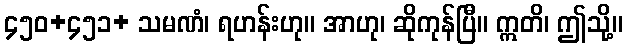
၄၅၀+၄၅၁+ သမဏံ၊ ရဟန်းဟု။ အာဟု၊ ဆိုကုန်ပြီ။ ဣတိ၊ ဤသို့။